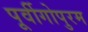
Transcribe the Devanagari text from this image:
पूर्वीगोपुरम